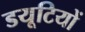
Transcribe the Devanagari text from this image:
डयूटियों